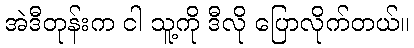
အဲဒီတုန်းက ငါ သူ့ကို ဒီလို ပြောလိုက်တယ်။